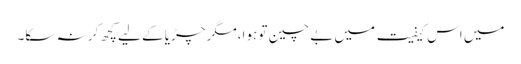
میں اس کیفیت میں بے چین تو ہوا،مگر چڑیا کے لیے کچھ کر نہ سکا۔